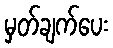
မှတ်ချက်ပေး